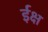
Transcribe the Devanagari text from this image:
ईक्ष